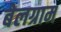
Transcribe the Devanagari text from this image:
बेलग्राम